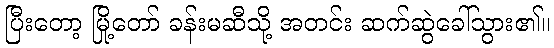
ပြီးတော့ မြို့တော် ခန်းမဆီသို့ အတင်း ဆက်ဆွဲခေါ်သွား၏။